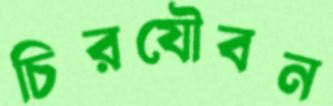
চিরযৌবন